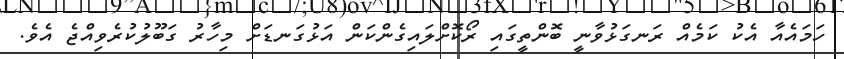
ހަމައެއާ އެކު ކަމެއް ރަނގަޅުވާނީ ބޮންތީގައި ރޯކޮށްލައިގެންކަން އަޅުގަނޑަށް މިހާރު ގަބޫލުކުރެވިއްޖެ އެވެ.